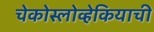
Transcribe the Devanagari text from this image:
चेकोस्लोव्हेकियाची